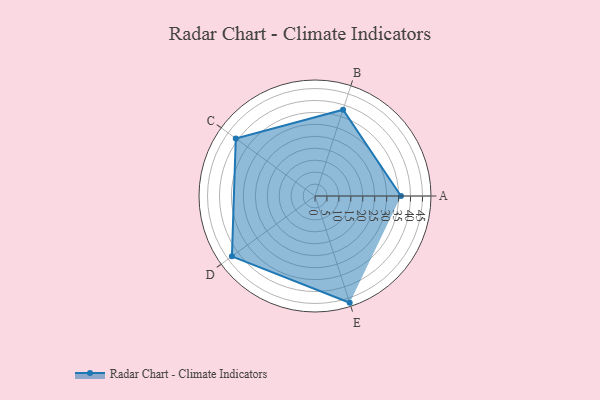
{"axis": {"x": "Skill", "y": "Score"}, "legend": ["Profile"], "data": [{"x": "A", "y": 36.0, "type": "Profile"}, {"x": "B", "y": 38.0, "type": "Profile"}, {"x": "C", "y": 41.0, "type": "Profile"}, {"x": "D", "y": 43.0, "type": "Profile"}, {"x": "E", "y": 47.0, "type": "Profile"}]}